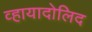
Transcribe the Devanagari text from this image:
व्हायादोलिद